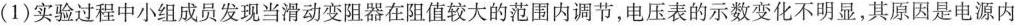
(1)实验过程中小组成员发现当滑动变阻器在阻值较大的范围内调节，电压表的示数变化不明显，其原因是电源内